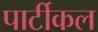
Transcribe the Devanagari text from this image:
पार्टीकल